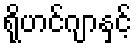
ရိုဟင်ဂျာနှင့်